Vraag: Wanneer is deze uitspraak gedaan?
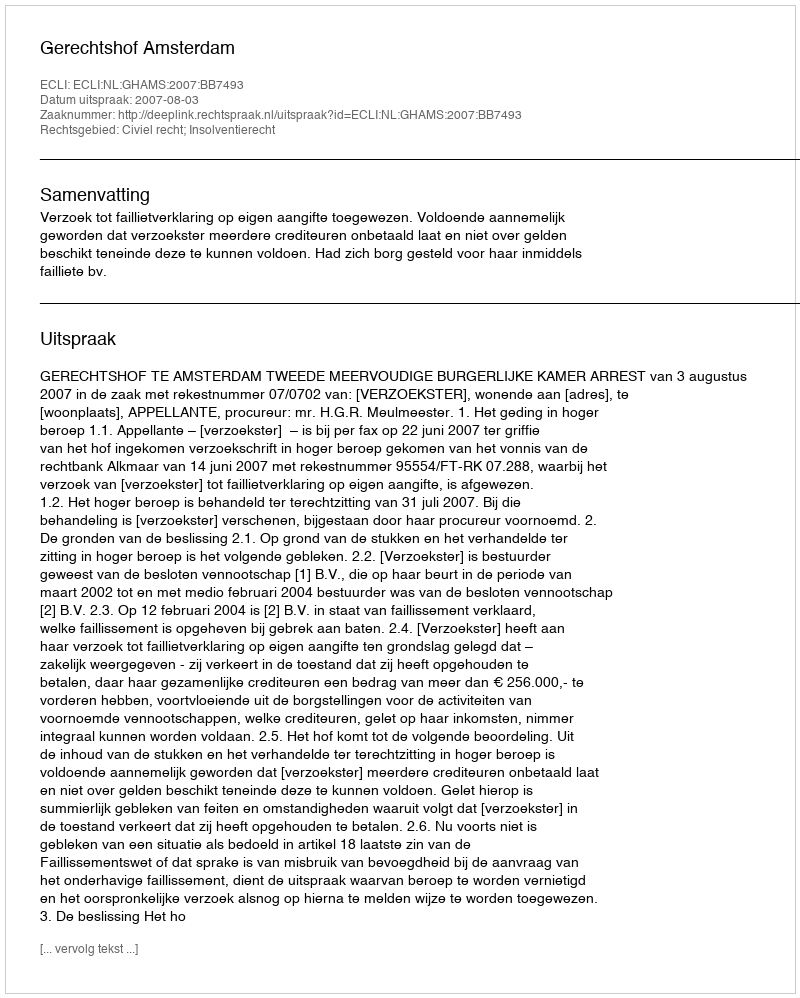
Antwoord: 2007-08-03